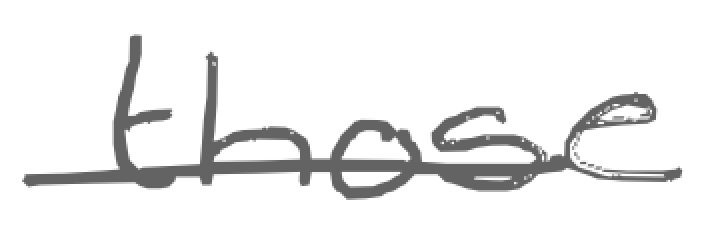
Text: those
Cross-out: mix
Writing tool: digital_gray